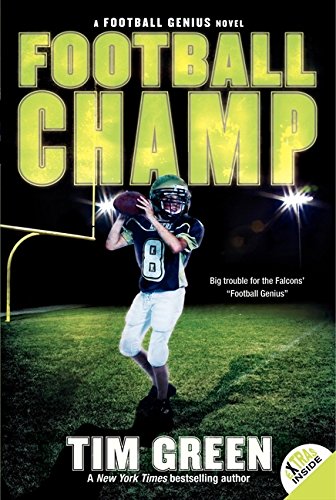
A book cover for Football Champ (Football Genius); Tim Green; Children's Books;